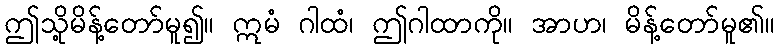
ဤသို့မိန့်တော်မူ၍။ ဣမံ ဂါထံ၊ ဤဂါထာကို။ အာဟ၊ မိန့်တော်မူ၏။